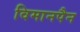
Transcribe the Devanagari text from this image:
विमानपैन